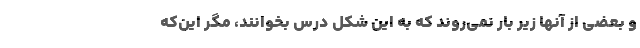
و بعضی از آنها زیر بار نمی‌روند که به این شکل درس بخوانند، مگر این‌که